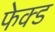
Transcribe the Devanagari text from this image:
फेक्ड